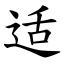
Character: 适